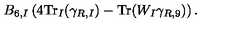
B _ { 6 , I } \left( 4 \mathrm { T r } _ { I } ( \gamma _ { R , I } ) - \mathrm { T r } ( W _ { I } \gamma _ { R , 9 } ) \right) .